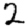
Digit: 2